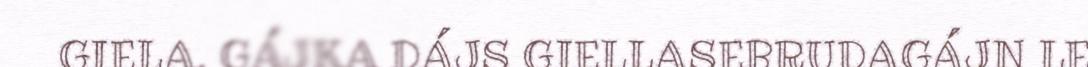
GIELA. GÁJKA DÁJS GIELLASEBRUDAGÁJN LE